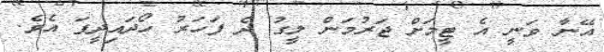
އޭނާ ވަނީ އެ ޓީމަށް ޖަރުމަން ލީގު ދެ ފަހަރު ހޯދައިދީފަ އެވެ.